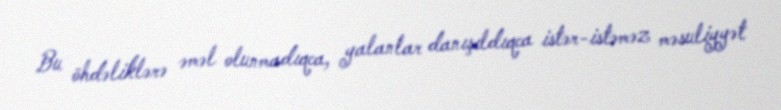
Bu öhdəliklərə əməl olunmadıqca, yalanlar danışıldıqca istər-istəməz məsuliyyət